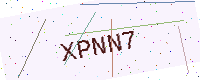
Text: XPNN7